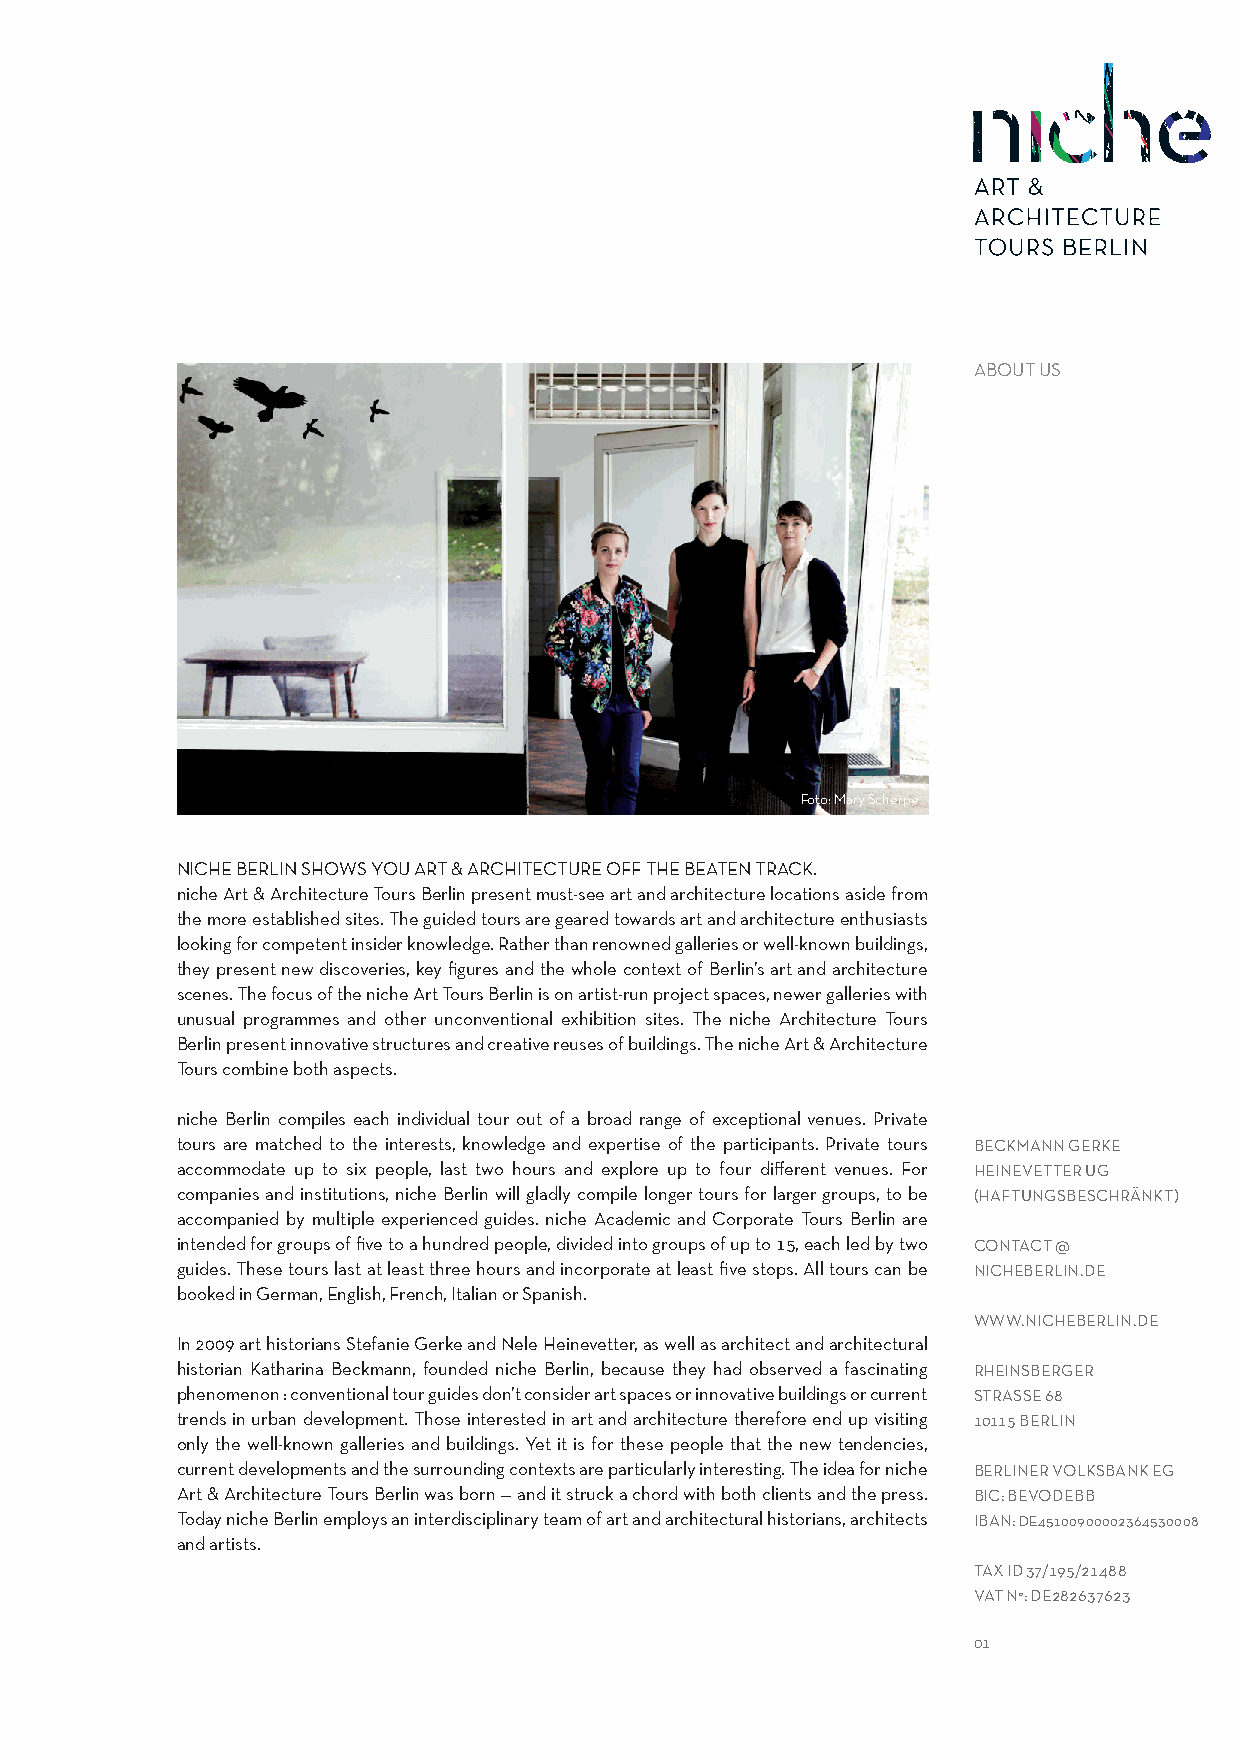
ABOUT US
 Foto: Mary Scherpe
 NICHE BERLIN SHOWS YOU ART & ARCHITECTURE OFF THE BEATEN TRACK.
 niche Art & Architecture Tours Berlin present must-see art and architecture locations aside from
 the more established sites. The guided tours are geared towards art and architecture enthusiasts
 looking for competent insider knowledge. Rather than renowned galleries or well-known buildings,
 they present new discoveries, key figures and the whole context of Berlin’s art and architecture
 scenes. The focus of the niche Art Tours Berlin is on artist-run project spaces, newer galleries with
 unusual programmes and other unconventional exhibition sites. The niche Architecture Tours
 Berlin present innovative structures and creative reuses of buildings. The niche Art & Architecture
 Tours combine both aspects.
 niche Berlin compiles each individual tour out of a broad range of exceptional venues. Private
 tours are matched to the interests, knowledge and expertise of the participants. Private tours BECKMANN GERKE
 accommodate up to six people, last two hours and explore up to four different venues. For HEINEVETTER UG
 companies and institutions, niche Berlin will gladly compile longer tours for larger groups, to be (HAFTUNGSBESCHRÄNKT)
 accompanied by multiple experienced guides. niche Academic and Corporate Tours Berlin are
 intended for groups of five to a hundred people, divided into groups of up to 15, each led by two CONTACT @
 guides. These tours last at least three hours and incorporate at least five stops. All tours can be NICHEBERLIN.DE
 booked in German, English, French, Italian or Spanish.
 WWW.NICHEBERLIN.DE
 In 2009 art historians Stefanie Gerke and Nele Heinevetter, as well as architect and architectural
 historian Katharina Beckmann, founded niche Berlin, because they had observed a fascinating RHEINSBERGER
 phenomenon : conventional tour guides don’t consider art spaces or innovative buildings or current STRASSE 68
 trends in urban development. Those interested in art and architecture therefore end up visiting 10115 BERLIN
 only the well-known galleries and buildings. Yet it is for these people that the new tendencies,
 current developments and the surrounding contexts are particularly interesting. The idea for niche BERLINER VOLKSBANK EG
 Art & Architecture Tours Berlin was born — and it struck a chord with both clients and the press. BIC: BEVODEBB
 Today niche Berlin employs an interdisciplinary team of art and architectural historians, architects IBAN: DE45100900002364530008
 and artists.
 TAX ID 37/195/21488
 VAT N°: DE282637623
 01